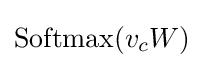
\mathrm {Softmax} (v_{c}W)